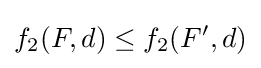
f_{2}(F,d)\leq f_{2}(F',d)